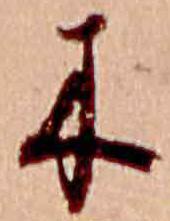
木